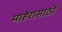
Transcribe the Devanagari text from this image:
माहेरासाठी